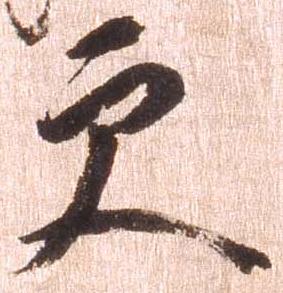
更